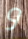
و